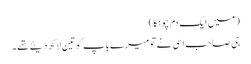
( میں ایک دم چونکا )
جی صاحب اسی نے تو میرے باپ کو تین لاکھ دیئے تھے۔